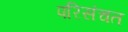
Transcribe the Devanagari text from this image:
परिसंचत